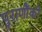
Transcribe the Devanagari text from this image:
पुराणौंकी